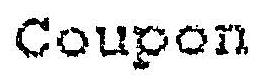
COUPON